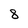
Character: 8